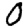
Digit: 0